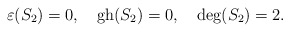
\begin{align*}\varepsilon(S_2)=0,\quad \hbox{gh}(S_2)=0,\quad \hbox{deg}(S_2)=2.\end{align*}